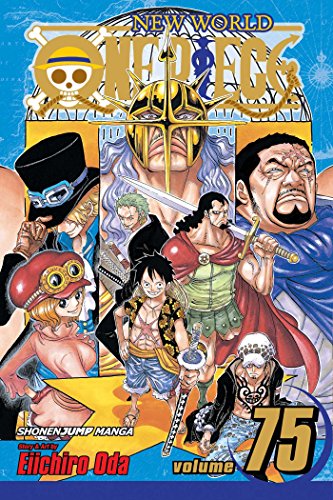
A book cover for One Piece, Vol. 75; Eiichiro Oda; Comics & Graphic Novels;